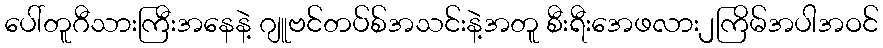
ပေါ်တူဂီသားကြီးအနေနဲ့ ဂျူဗင်တပ်စ်အသင်းနဲ့အတူ စီးရီးအေဖလား၂ကြိမ်အပါအဝင်